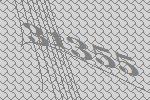
31355